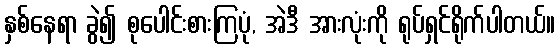
နှစ်နေရာ ခွဲ၍ စုပေါင်းစားကြပုံ, အဲဒီ အားလုံးကို ရုပ်ရှင်ရိုက်ပါတယ်။